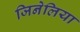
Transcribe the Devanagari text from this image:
जिनेलिया